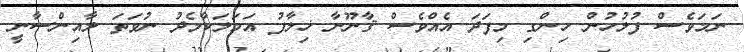
ނަމަވެސް ފުލުހުން ހިންގި މިފަދަ އެއްވެސް ޤާނޫނާ ޚިލާފު އަމަލަކާމެދު ނުވަތަ ލާއިންސާނީ